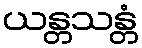
ယန္တသန္တံ